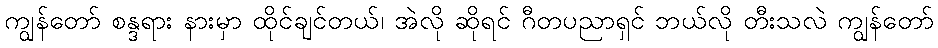
ကျွန်တော် စန္ဒရား နားမှာ ထိုင်ချင်တယ်၊ အဲလို ဆိုရင် ဂီတပညာရှင် ဘယ်လို တီးသလဲ ကျွန်တော်